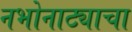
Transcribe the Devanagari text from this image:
नभोनाट्याचा